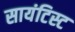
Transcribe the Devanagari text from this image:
सायंटिस्ट